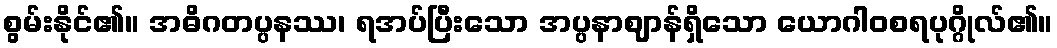
စွမ်းနိုင်၏။ အဓိဂတပ္ပနဿ၊ ရအပ်ပြီးသော အပ္ပနာဈာန်ရှိသော ယောဂါဝစရပုဂ္ဂိုလ်၏။